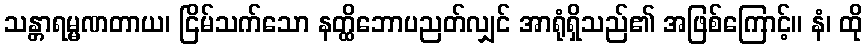
သန္တာရမ္မဏတာယ၊ ငြိမ်သက်သော နတ္ထိဘောပညတ်လျှင် အာရုံရှိသည်၏ အဖြစ်ကြောင့်။ နံ၊ ထို